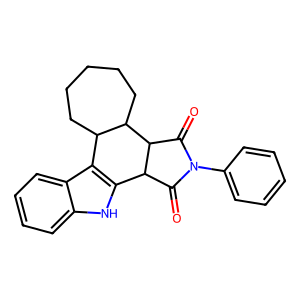
SMILES: O=C1C2c3[nH]c4ccccc4c3C3CCCCCC3C2C(=O)N1c1ccccc1
Inhibits HIV replication: No